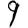
Digit: 9